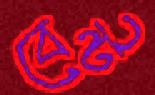
বেন্ট